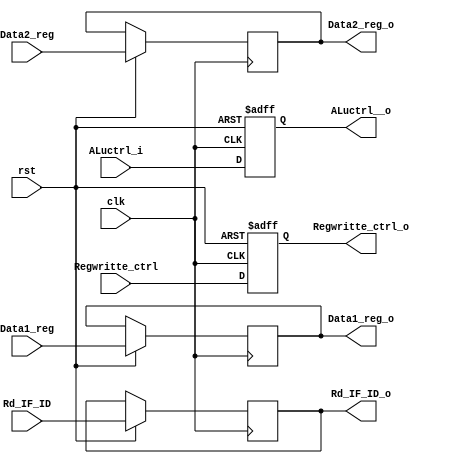
`timescale 1ns / 1ps
module ID_EX_REGISTER(
input clk,
input rst,
input Regwritte_ctrl,
input [31:0] Data1_reg,
input [31:0] Data2_reg,
input [4:0] Rd_IF_ID,
input [3:0] ALuctrl_i,
output reg Regwritte_ctrl_o,
output reg [31:0] Data1_reg_o,
output reg [31:0] Data2_reg_o,
output reg [4:0] Rd_IF_ID_o,
output reg [3:0] ALuctrl__o
    );
 always@(posedge clk,negedge rst)
 begin
 if(rst==0)
 begin
 Regwritte_ctrl_o=0;
 ALuctrl__o=0;
 end
 else
 begin
Regwritte_ctrl_o<=Regwritte_ctrl;
 Data1_reg_o<=Data1_reg;
Data2_reg_o<=Data2_reg;
Rd_IF_ID_o<=Rd_IF_ID;
ALuctrl__o<=ALuctrl_i;
end
end
endmodule